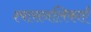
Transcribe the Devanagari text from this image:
श्वासनलिकाएँ